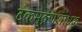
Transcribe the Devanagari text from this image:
टंकमुद्रणशोधक